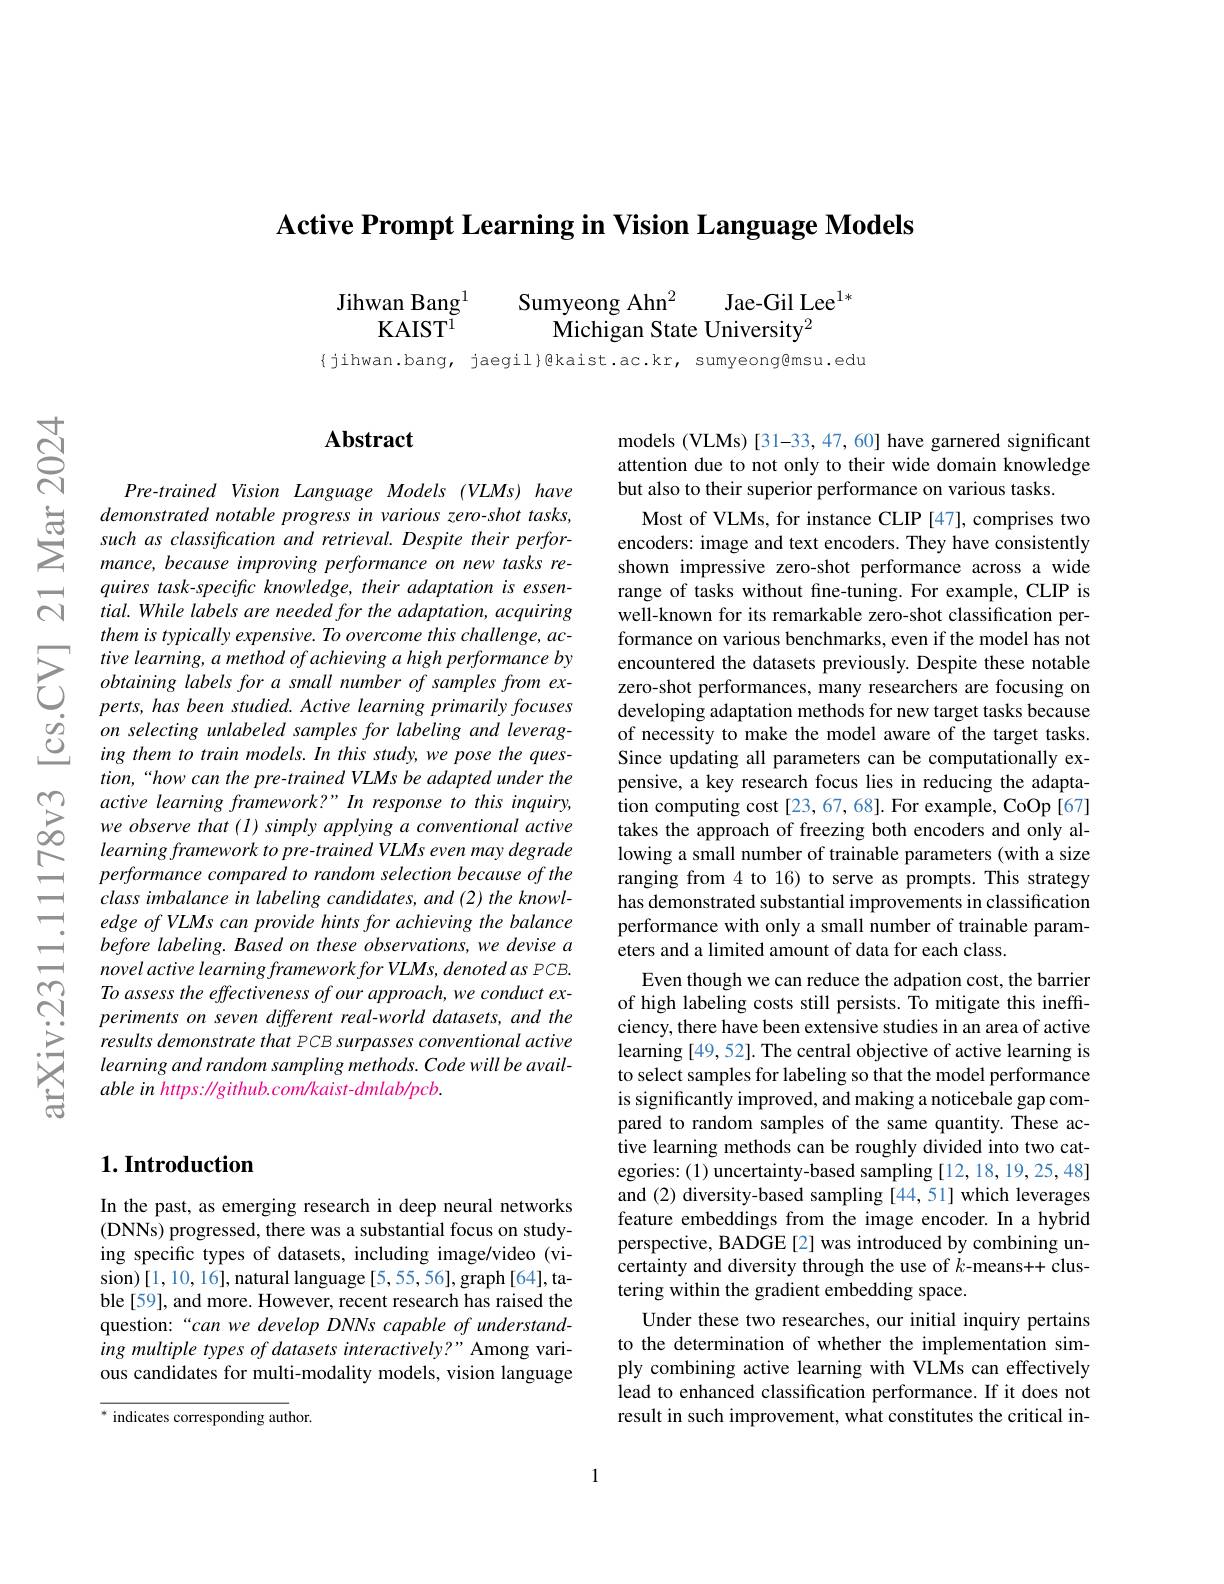
$\textbf{Active Prompt Learning in Vision Language Models}$

Jihwan Bang$^{1}$
Sumyeong Ahn$^{2}$
Jae-Gil Lee$^{1*}$
KAIST$^{\mathrm{I}}$
$\tilde{\text{Michigan State University}}^{2}$

{jihwan.bang, jaegil}@kaist.ac.kr, sumyeong@msu.edu

### $\mathbf{Abstract}$

Pre-trained Vision Language Models (VLMs) have demonstrated notable progress in various zero-shot tasks, such as classification and retrieval. Despite their performance, because improving performance on new tasks requires task-specific knowledge, their adaptation is essential. While labels are needed for the adaptation, acquiring them is typically expensive. To overcome this challenge, ac-
$\sum_{\begin{array}{cc}&\text{tive learning, a method of achieving a high performance by}\\&obtaining&labels\text{ for a small number of samples from ex-}\\&perts,has&been&studied.&Active&learning&primarily&focuses\end{array}}$ $\begin{array}{ccc}{&perts,has\:been\:studied.\:Active\:learning\:primarily\:focuses}\\{\textcircled{0}}&{on\:selecting\:unlabeled\:samples\:for\:labeling\:and\:leverag-}\\{\textcircled{0}}&{ing\:them\:to\:train\:models.\:In\:this\:study,\:we\:pose\:the\:ques-}\end{array}$
tion,“how can the pre-trained VLMs be adapted under the
$\sum _{\infty }^{\infty }$ active learning $framework? ” In$ response $to$ this $inquiry, \infty$ $we$ observe that $( I)$ simply applying $a$ conventional activelearning framework $to$ $pre- trained$ VLMs even may degrade
performance compared to random selection because of the class imbalance in labeling candidates, and (2) the knowledge of VLMs can provide hints for achieving the balance before labeling. Based on these observations, we devise a novel active learning framework for VLMs, denoted as PCB. To assess the effectiveness of our approach, we conduct experiments on seven different real-world datasets, and the results demonstrate that PCB surpasses conventional active learning and random sampling methods. Code will be available in https: //github.com/kaist-dmlab/pcb.

## $1. \textbf{Introduction}$

In the past, as emerging research in deep neural networks (DNNs) progressed, there was a substantial focus on studying specific types of datasets, including image/video (vision)[1,10,16], natural language [5, 55, 56], graph [64], table[59], and more. However, recent research has raised the question:“can we develop DNNs capable of understanding multiple types of datasets interactively?" Among various candidates for multi-modality models, vision language

${\overline{^*\text{ indicates corresponding aut}}}$hor.

models (VLMs) [31-33,47,60] have garnered significant attention due to not only to their wide domain knowledge but also to their superior performance on various tasks.

Most of VLMs, for instance CLIP [47], comprises two encoders: image and text encoders. They have consistently shown impressive zero-shot performance across a wide range of tasks without fine-tuning. For example, CLIP is well-known for its remarkable zero-shot classification performance on various benchmarks, even if the model has not encountered the datasets previously. Despite these notable zero-shot performances, many researchers are focusing on developing adaptation methods for new target tasks because of necessity to make the model aware of the target tasks. Since updating all parameters can be computationally expensive, a key research focus lies in reducing the adaptation computing cost [23, 67, 68]. For example, CoOp [67] takes the approach of freezing both encoders and only allowing a small number of trainable parameters (with a size ranging from 4 to 16) to serve as prompts. This strategy has demonstrated substantial improvements in classification performance with only a small number of trainable parameters and a limited amount of data for each class.
Even though we can reduce the adpation cost, the barrier of high labeling costs still persists. To mitigate this ineffciency, there have been extensive studies in an area of active learning [49, 52]. The central objective of active learning is to select samples for labeling so that the model performance is significantly improved, and making a noticebale gap compared to random samples of the same quantity. These active learning methods can be roughly divided into two categories: (1) uncertainty-based sampling [12, 18, 19, 25, 48] and (2) diversity-based sampling [44,51] which leverages feature embeddings from the image encoder. In a hybrid perspective, BADGE[2] was introduced by combining uncertainty and diversity through the use of $k$-means++ clustering within the gradient embedding space.
Under these two researches, our initial inquiry pertains to the determination of whether the implementation simply combining active learning with VLMs can effectively lead to enhanced classification performance. If it does not result in such improvement, what constitutes the critical in-

1